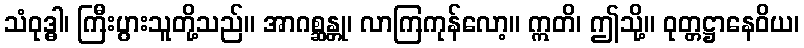
သံဝုဒ္ဓါ၊ ကြီးပွားသူတို့သည်။ အာဂစ္ဆန္တု၊ လာကြကုန်လော့။ ဣတိ၊ ဤသို့။ ဝုတ္တဋ္ဌာနေဝိယ၊